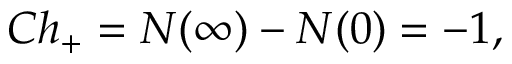
C h _ { + } = N ( \infty ) - N ( 0 ) = - 1 ,